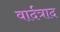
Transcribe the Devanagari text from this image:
वार्दत्राद